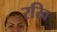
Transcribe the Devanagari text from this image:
रखि